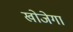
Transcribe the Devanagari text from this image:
खोजेगा